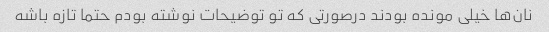
نان‌ها خیلی مونده بودند درصورتی که تو توضیحات نوشته بودم حتما تازه باشه